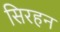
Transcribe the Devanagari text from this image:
सिरहन